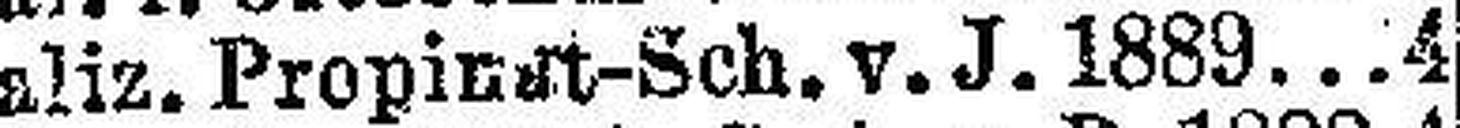
Galiz. Propinst-Sch. v. J. 1889.4